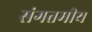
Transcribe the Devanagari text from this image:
संगतमीय